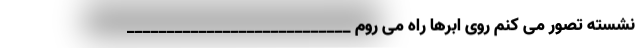
نشسته تصور می کنم روی ابرها راه می روم ____________________________